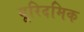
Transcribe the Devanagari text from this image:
यूरिदमिक